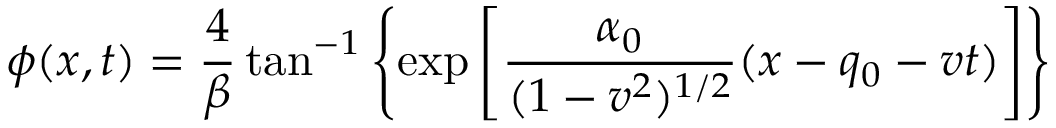
\phi ( x , t ) = { \frac { 4 } { \beta } } \tan ^ { - 1 } \left\{ \exp \left[ { \frac { \alpha _ { 0 } } { ( 1 - v ^ { 2 } ) ^ { 1 / 2 } } } ( x - q _ { 0 } - v t ) \right] \right\}